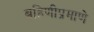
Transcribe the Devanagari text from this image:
बहिणीप्रमाणे